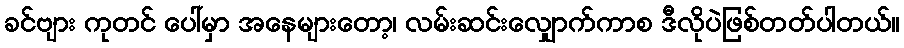
ခင်ဗျား ကုတင် ပေါ်မှာ အနေများတော့၊ လမ်းဆင်းလျှောက်ကာစ ဒီလိုပဲဖြစ်တတ်ပါတယ်။